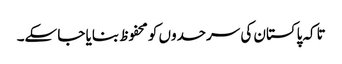
تاکہ پاکستان کی سرحدوں کو محفوظ بنایا جا سکے۔